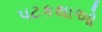
પટકથાઓ